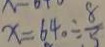
x = 6 4 0 \div \frac { 8 } { 5 }